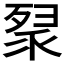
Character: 𭮚